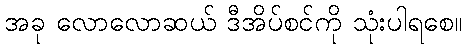
အခု လောလောဆယ် ဒီအိပ်စင်ကို သုံးပါရစေ။